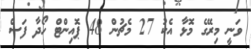
ވަނީ މިރޭގެ މޮޅާ އެކު 27 މެޗުން 48 ޕޮއިންޓް ހޯދާ ފަސް